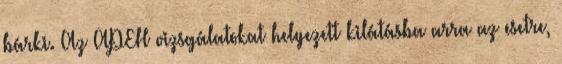
bárki. Az APEH vizsgálatokat helyezett kilátásba arra az esetre,